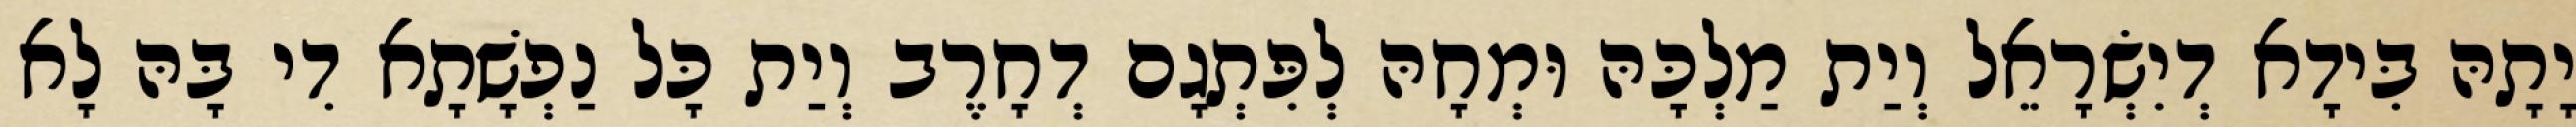
יָתָהּ בִּידָא דְיִשְׂרָאֵל וְיַת מַלְכָּהּ וּמְחָהּ לְפִּתְגָם דְחָרֶב וְיַת כָּל נַפְשָׁתָא דִי בָּהּ לָא